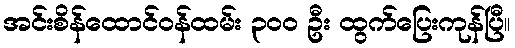
အင်းစိန်ထောင်ဝန်ထမ်း ၃၀၀ ဦး ထွက်ပြေးကုန်ပြီ။